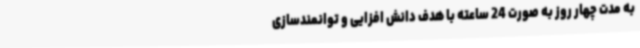
به مدت چهار روز به صورت 24 ساعته با هدف دانش ‌افزایی و توانمندسازی